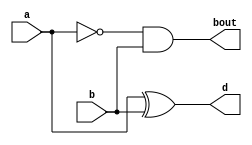
`timescale 1ns / 1ps
//////////////////////////////////////////////////////////////////////////////////
// Company: 
// Engineer: 
// 
// Design Name: 
// Module Name: hsub
// Project Name: 
// Target Devices: 
// Tool Versions: 
// Description: 
// 
// Dependencies: 
// 
// Revision:
// Revision 0.01 - File Created
// Additional Comments:
// 
//////////////////////////////////////////////////////////////////////////////////


module hsub(
input a,b,
output d,bout
    );
    assign d = a^b;
    assign bout = ~a&b;
endmodule